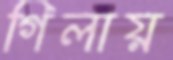
গিলায়